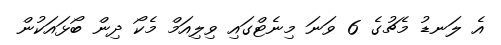
އެ ލަނޑު މެޗުގެ 6 ވަނަ މިނެޓްގައި ވިލިއަމް މެކޯ ދިން ބޯޅައަކުން